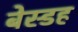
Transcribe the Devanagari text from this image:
बेस्डह